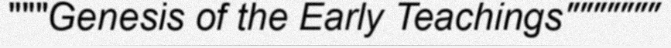
"""Genesis of the Early Teachings"""""""